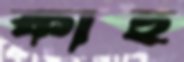
কাহু